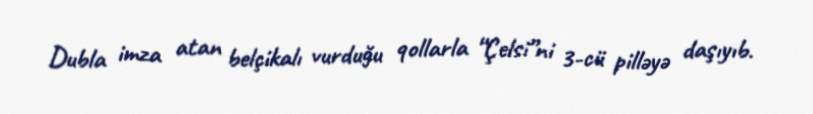
Dubla imza atan belçikalı vurduğu qollarla “Çelsi”ni 3-cü pilləyə daşıyıb.